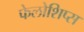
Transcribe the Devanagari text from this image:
फेलोशिप्स